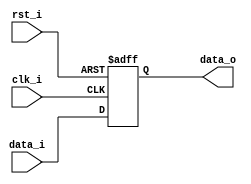
//Subject:     CO project 4 - Pipe Register
//--------------------------------------------------------------------------------
//Version:     1
//--------------------------------------------------------------------------------
//Writer:      
//----------------------------------------------
//Date:        
//----------------------------------------------
//Description: 
//--------------------------------------------------------------------------------
module Pipe_Reg(
            rst_i,
			clk_i,   
			data_i,
			data_o
);
					
parameter size = 0;
input                    rst_i;
input                    clk_i;		  
input      [size-1: 0] data_i;
output reg [size-1: 0] data_o;
	  
always @(posedge clk_i or negedge  rst_i) begin
	if( rst_i == 0) data_o <= 0;
    else data_o <= data_i;
end

endmodule